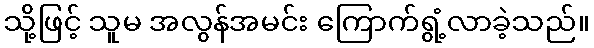
သို့ဖြင့် သူမ အလွန်အမင်း ကြောက်ရွံ့လာခဲ့သည်။